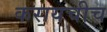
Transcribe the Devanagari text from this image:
करायचीच